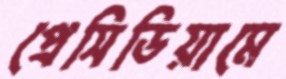
প্রেসিডিয়ামে